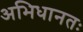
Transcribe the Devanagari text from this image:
अभिधानतः